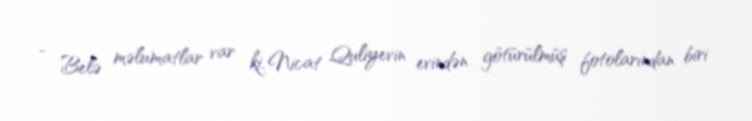
- Belə məlumatlar var ki, Nicat Quliyevin evindən götürülmüş fotolarından biri